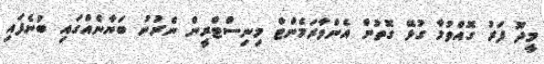
މީދޫ ފަރު ގޮއްވުމާ ގުޅޭ ގޮތުން އެންވާރަމެންޓް މިނިސްޓްރީން ނެރުނު ބަޔާނެއްގައި ބުނެފައި